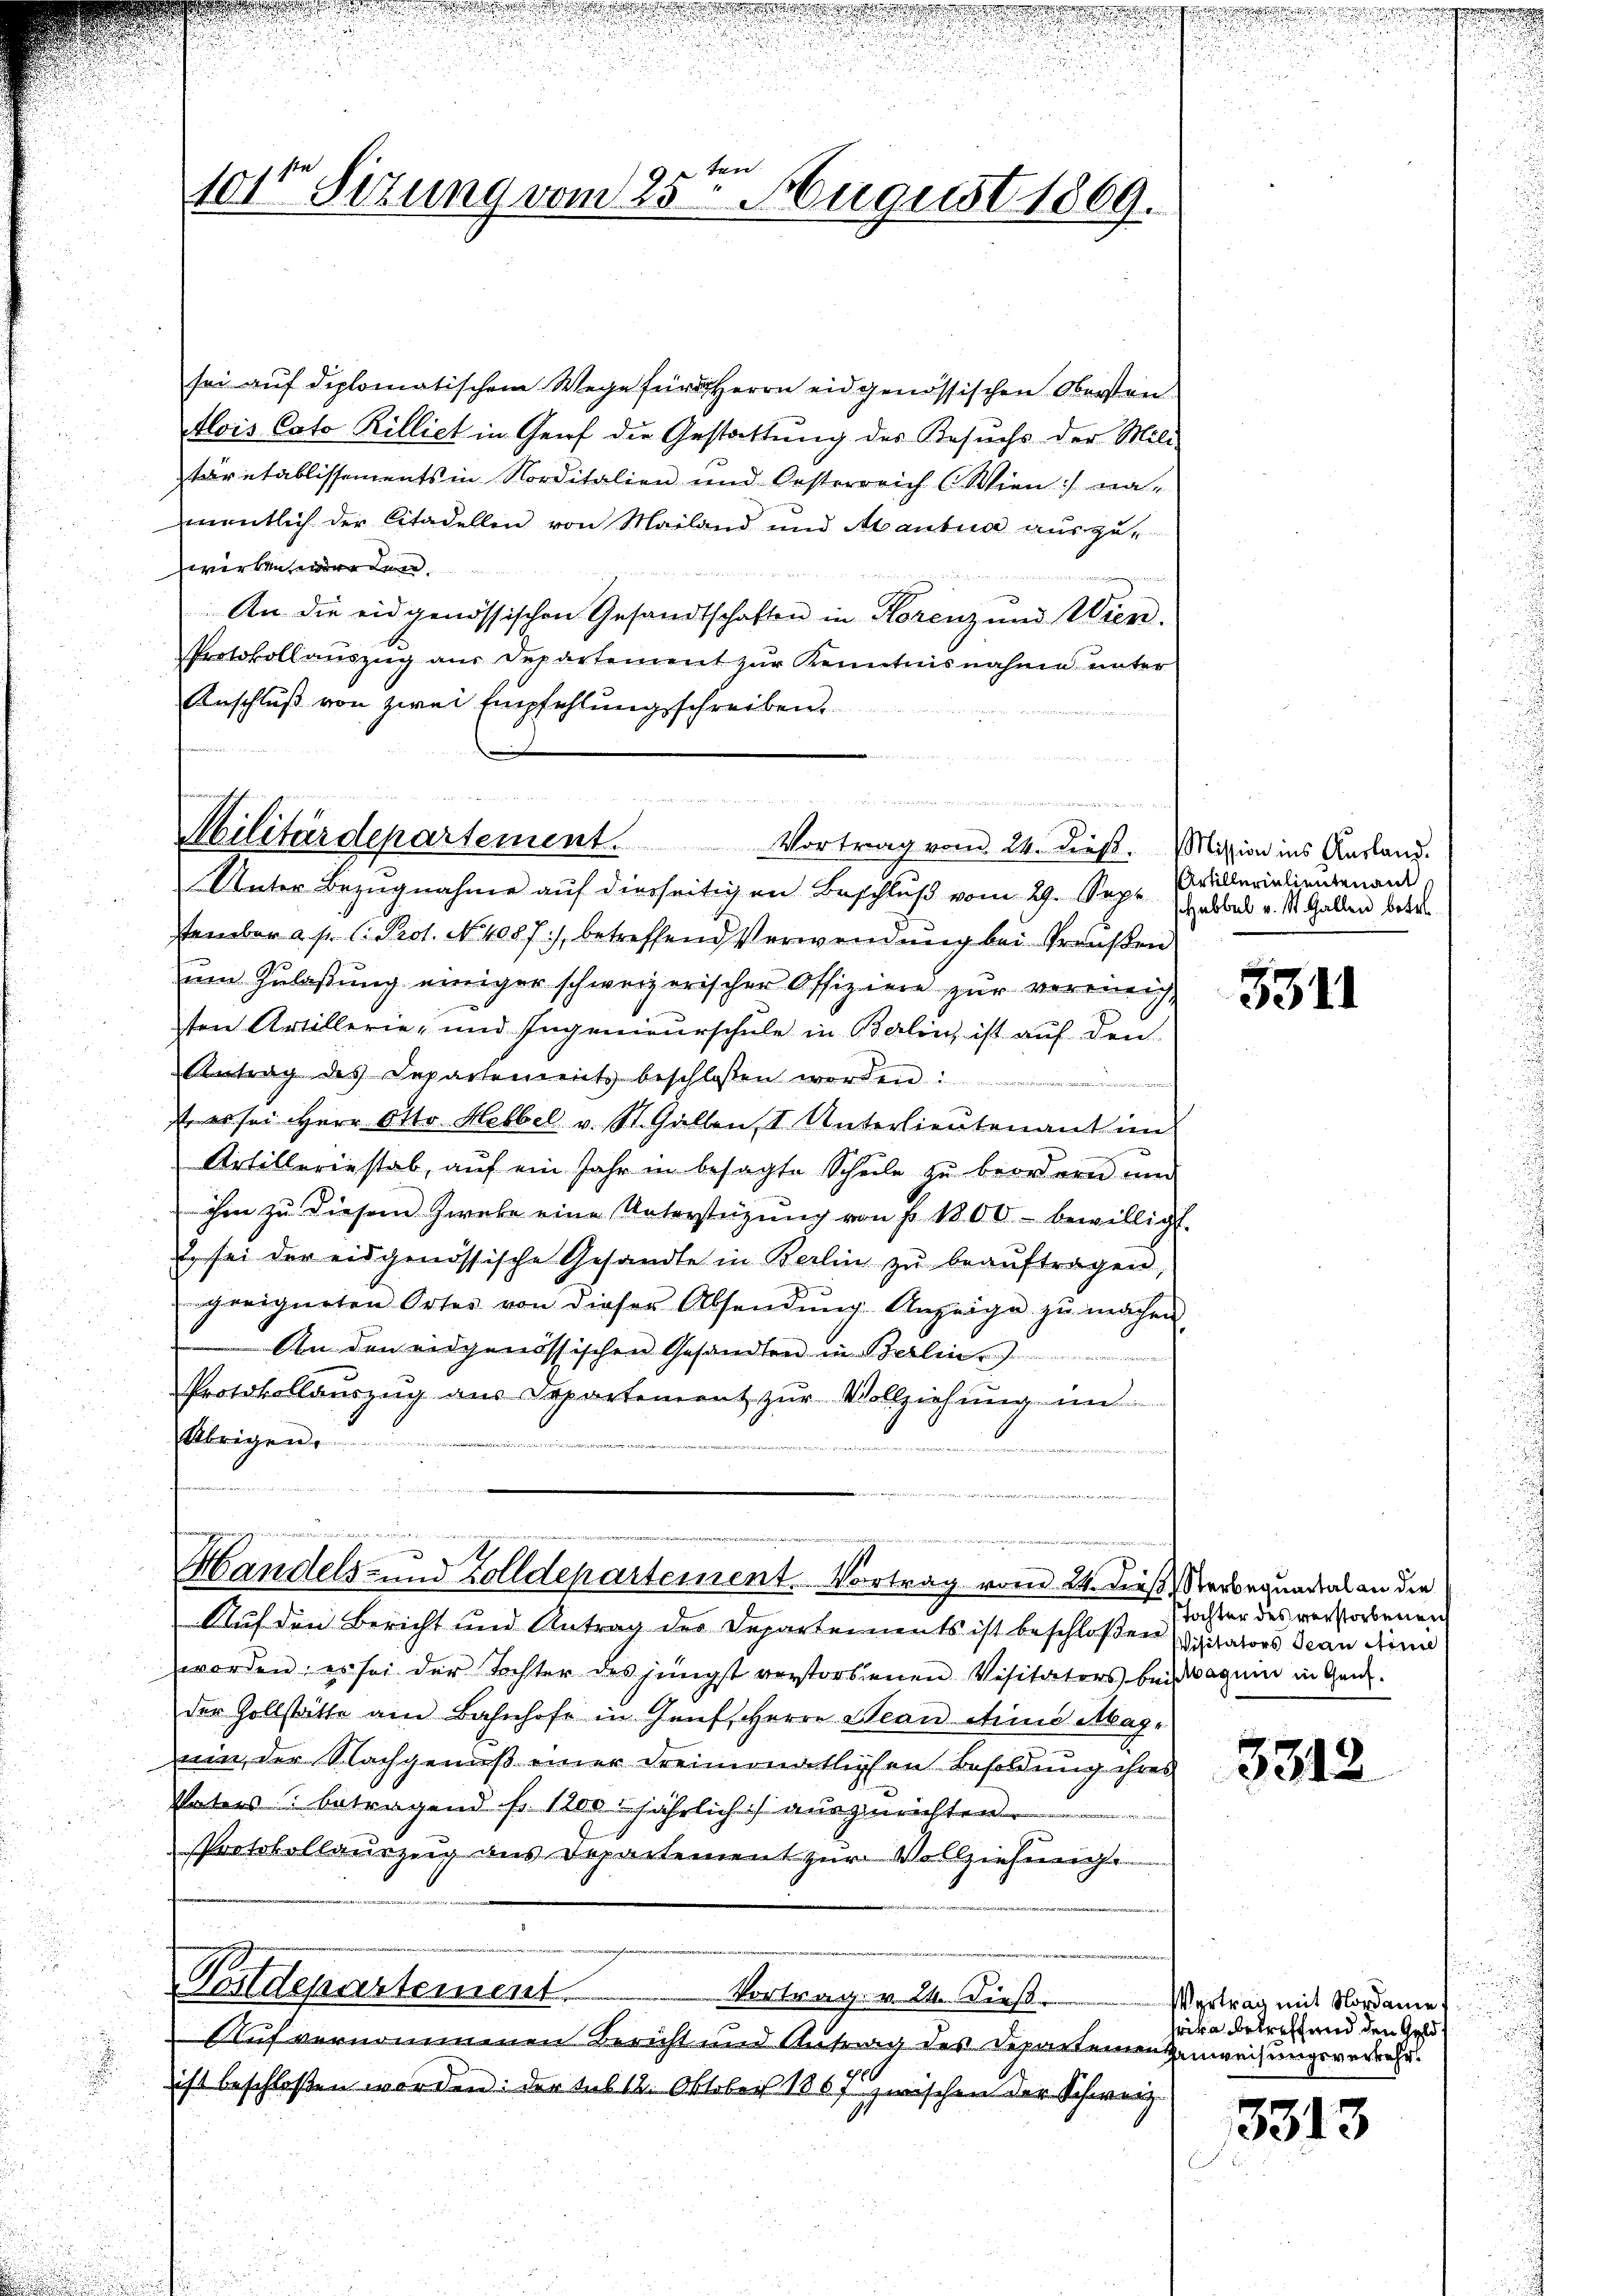
Unter Bezugnahme auf diesseitigen Beschluß vom 29. Sept. Müllerielieutenand,
stember a. p. l. Prot. No. 4087), betreffend Verwendung bei Preußen
um Zulaßung einiger schweizerischer Offiziere zur vereinrich,
ten Artillerie- und Ingenieurschule in Balin, ist auf den
Antrag des Departements beschlossen werden.
st es sei Herr Otto Hebbel v. St. Gallen, 1. Unterlieutenant im
Artilleriestab, auf ein Jahr in besagte Schule zu beordern und
ihm zu diesem Zwebe eine Unterstützŭng von fr. 1800 bewilligt.
2 sei der eidgenössische Gesandte in Berlin zŭ beaŭftragen,
geeigneten Ortes von dieser Absendung Anzeige zu machen
An den eidgenössischen Gesandten in Berlin
Protokollauszug aus Departement zur Vollziehung im
Übrigen.
n

ten
1er Sitzung vom 25. August 1869.

sei auf diplomatischem Wege für Herrn eidgenössischen Obersten¬
Alois Cato Rilliet in Genf die Gestattung des Besuchs der Mili
tärntablissements in Norditalien und Oesterreich (Wien) na-
amentlich der Citadellen von Mailand und Abantua auszuwerten wäre den

i
An die eidgenössischen Gesandtschaften in Horenz und Wien.
Protokollauszug aus Departement zur Kenntnisnahme unter
Anschluß von zwei Empfehlungsschreiben.

n
Militärdepartement. Vortrag vom 24. dieß. Mission ins Ausland.

nunters gegen und der
Handels- und Zolldepartement. Vortrag vom 24. dieß, Verbrquartal an die

d

u
n

Auf den Bericht und Antrag der Departements ist beschloßen vitators Dran den
worden, es sei der Tochter des jüngst verstorbenen Visitaters bei aguin in Genzder Zollstätte am Bahnhofe in Genf, Herrn Beau eine Abag-
um, der Nachgenuß einer dreimonatlichen Besoldung ihres
Vaters betragend Fr. 1200. jährlich auszurichten.
Protokollauszug aus Departement zur Vollziehung.
Postdepartement
Vortrag. v. 24. Dieß
Auf vernommenen Bericht und Antrag des Departemen zuweisungsvereiteist beschloßen worden: der sub 12. Oktober 1867 zwischen der Schweiz.
.

u

Hebbel v. St. Gallen betr.

3311

Tochter des verstorbenen

3312

Vertrag mit Nordame
wika betreffend den Geld¬

3313